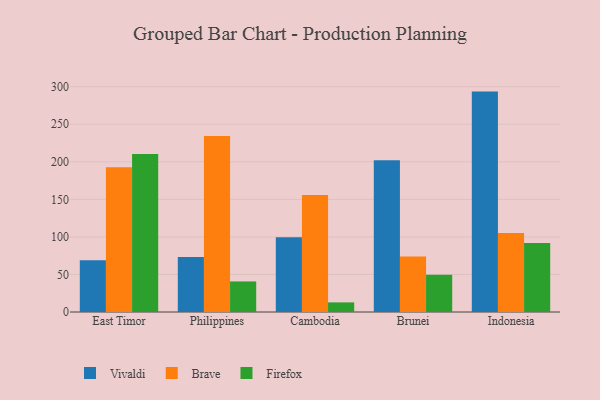
{"axis": {"x": "Country", "y": "Operating Costs (USD K)"}, "legend": ["Brave", "Firefox", "Vivaldi"], "data": [{"x": "East Timor", "y": 69.0, "type": "Vivaldi"}, {"x": "East Timor", "y": 192.8, "type": "Brave"}, {"x": "East Timor", "y": 210.5, "type": "Firefox"}, {"x": "Philippines", "y": 73.3, "type": "Vivaldi"}, {"x": "Philippines", "y": 234.4, "type": "Brave"}, {"x": "Philippines", "y": 40.7, "type": "Firefox"}, {"x": "Cambodia", "y": 99.5, "type": "Vivaldi"}, {"x": "Cambodia", "y": 155.7, "type": "Brave"}, {"x": "Cambodia", "y": 12.8, "type": "Firefox"}, {"x": "Brunei", "y": 202.0, "type": "Vivaldi"}, {"x": "Brunei", "y": 74.0, "type": "Brave"}, {"x": "Brunei", "y": 49.7, "type": "Firefox"}, {"x": "Indonesia", "y": 293.5, "type": "Vivaldi"}, {"x": "Indonesia", "y": 105.2, "type": "Brave"}, {"x": "Indonesia", "y": 92.0, "type": "Firefox"}]}